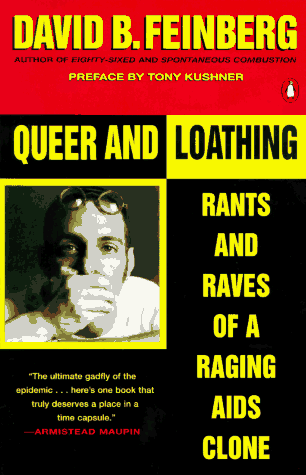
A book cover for Queer and Loathing: Rants and Raves of a Raging AIDS Clone; David B. Feinberg; Gay & Lesbian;